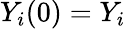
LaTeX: Y_{i}(0)=Y_{i}